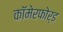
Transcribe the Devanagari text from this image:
कॉमेरफोर्ड